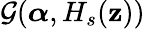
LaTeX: \mathcal{G}(\boldsymbol{\alpha},H_{s}({\mathbf z}))